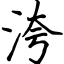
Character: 洿